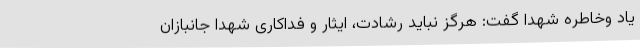
یاد وخاطره شهدا گفت: هرگز نباید رشادت، ایثار و فداکاری شهدا جانبازان